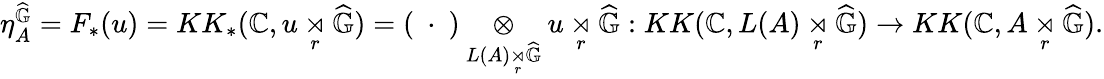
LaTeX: \begin{array}{r}{\eta_{A}^{\widehat{\mathbb{G}}}=F_{*}(u)=KK_{*}(\mathbb{C},u\underset{r}{\rtimes}\widehat{\mathbb{G}})=(\ \cdot\ )\underset{L(A)\underset{r}{\rtimes}\widehat{\mathbb{G}}}{\otimes}u\underset{r}{\rtimes}\widehat{\mathbb{G}}:KK(\mathbb{C},L(A)\underset{r}{\rtimes}\widehat{\mathbb{G}})\rightarrow KK(\mathbb{C},A\underset{r}{\rtimes}\widehat{\mathbb{G}}).}\end{array}